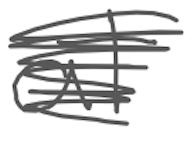
Text: at
Cross-out: scratch
Writing tool: digital_gray